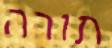
תורה